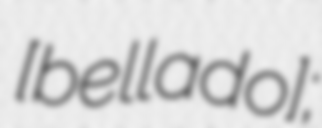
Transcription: [belˈlaːdʒo];